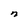
Character: n